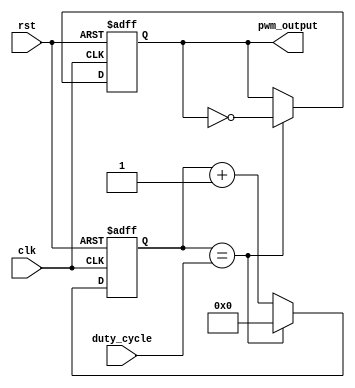
module PWM_Pulse_Generator(
    input clk,
    input rst,
    input [7:0] duty_cycle,
    output reg pwm_output
);

reg [7:0] counter;

always @(posedge clk or posedge rst) begin
    if (rst) begin
        counter <= 8'b0;
        pwm_output <= 1'b0;
    end else begin
        if (counter == duty_cycle) begin
            pwm_output <= ~pwm_output;
            counter <= 8'b0;
        end else begin
            counter <= counter + 1;
        end
    end
end

endmodule